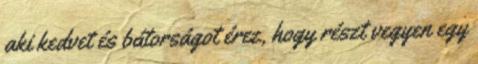
aki kedvet és bátorságot érez, hogy részt vegyen egy